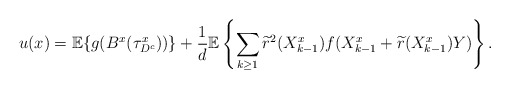
\begin{align*} u(x)=\mathbb{E}\{g(B^x(\tau^x_{D^c}))\}+\frac{1}{d}\mathbb{E}\left\{\sum\limits_{k\geq 1}\widetilde{r}^2(X^x_{k-1})f(X^x_{k-1}+\widetilde{r}(X^x_{k-1})Y)\right\}. \end{align*}